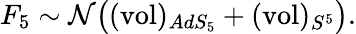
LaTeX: F_{5}\sim\mathcal{N}\big((\mathrm{{vol}})_{AdS_{5}}+(\mathrm{{vol}})_{S^{5}}\big).